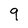
Character: 9